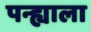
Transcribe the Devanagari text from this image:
पन्ह्याला